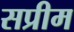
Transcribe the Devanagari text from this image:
सप्रीम